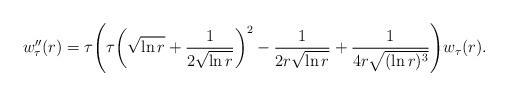
LaTeX: \begin{align*} w_\tau'' (r) = \tau\Biggl(\tau \biggl(\sqrt{\ln r} + \frac{1}{2 \sqrt{\ln r}}\biggr)^2 - \frac{1}{2 r \sqrt{\ln r}} + \frac{1}{4 r \sqrt{(\ln r)^3}} \Biggr) w_\tau (r).\end{align*}